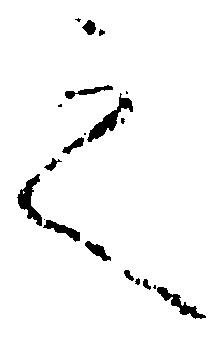
之